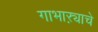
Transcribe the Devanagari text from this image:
गाभाऱ्याचे